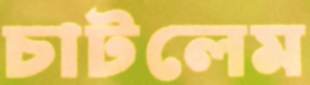
চাটলেম